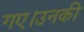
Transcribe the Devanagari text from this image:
गए।उनकी